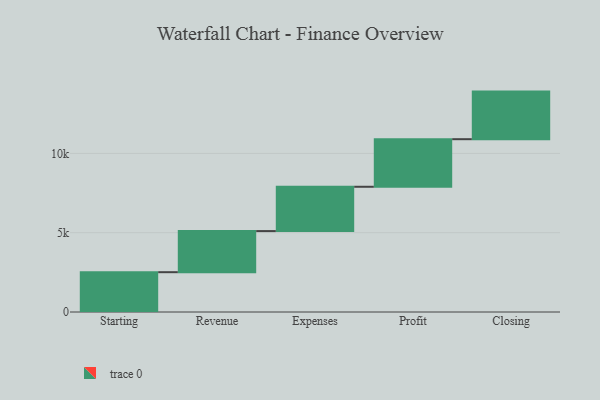
{"axis": {"x": "Step", "y": "Value"}, "legend": [""], "data": [{"x": "Starting", "y": 2510.0, "type": ""}, {"x": "Revenue", "y": 2591.0, "type": ""}, {"x": "Expenses", "y": 2794.0, "type": ""}, {"x": "Profit", "y": 3000, "type": ""}, {"x": "Closing", "y": 3000, "type": ""}]}